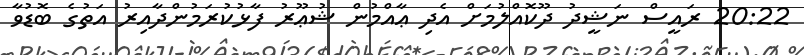
20:22 ރައީސް ނަޝީދު ދޫކޮއްލުމަށް އެދި ޢާއްމުން ޝުޢޫރު ފާޅުކުރަމުންދާއިރު އަތުގެ ބޮޑުވާ